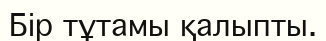
Бір тұтамы қалыпты.